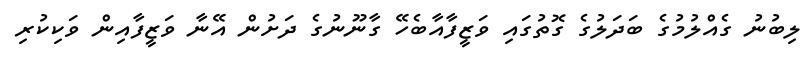
ލިބުނު ގެއްލުމުގެ ބަދަލުގެ ގޮތުގައި ވަޒީފާއާބެހޭ ގާނޫނުގެ ދަށުން އޭނާ ވަޒީފާއިން ވަކިކުރި